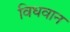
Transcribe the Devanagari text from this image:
विधवान